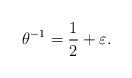
LaTeX: \begin{align*}\theta^{-1} = \frac{1}{2} + \varepsilon.\end{align*}